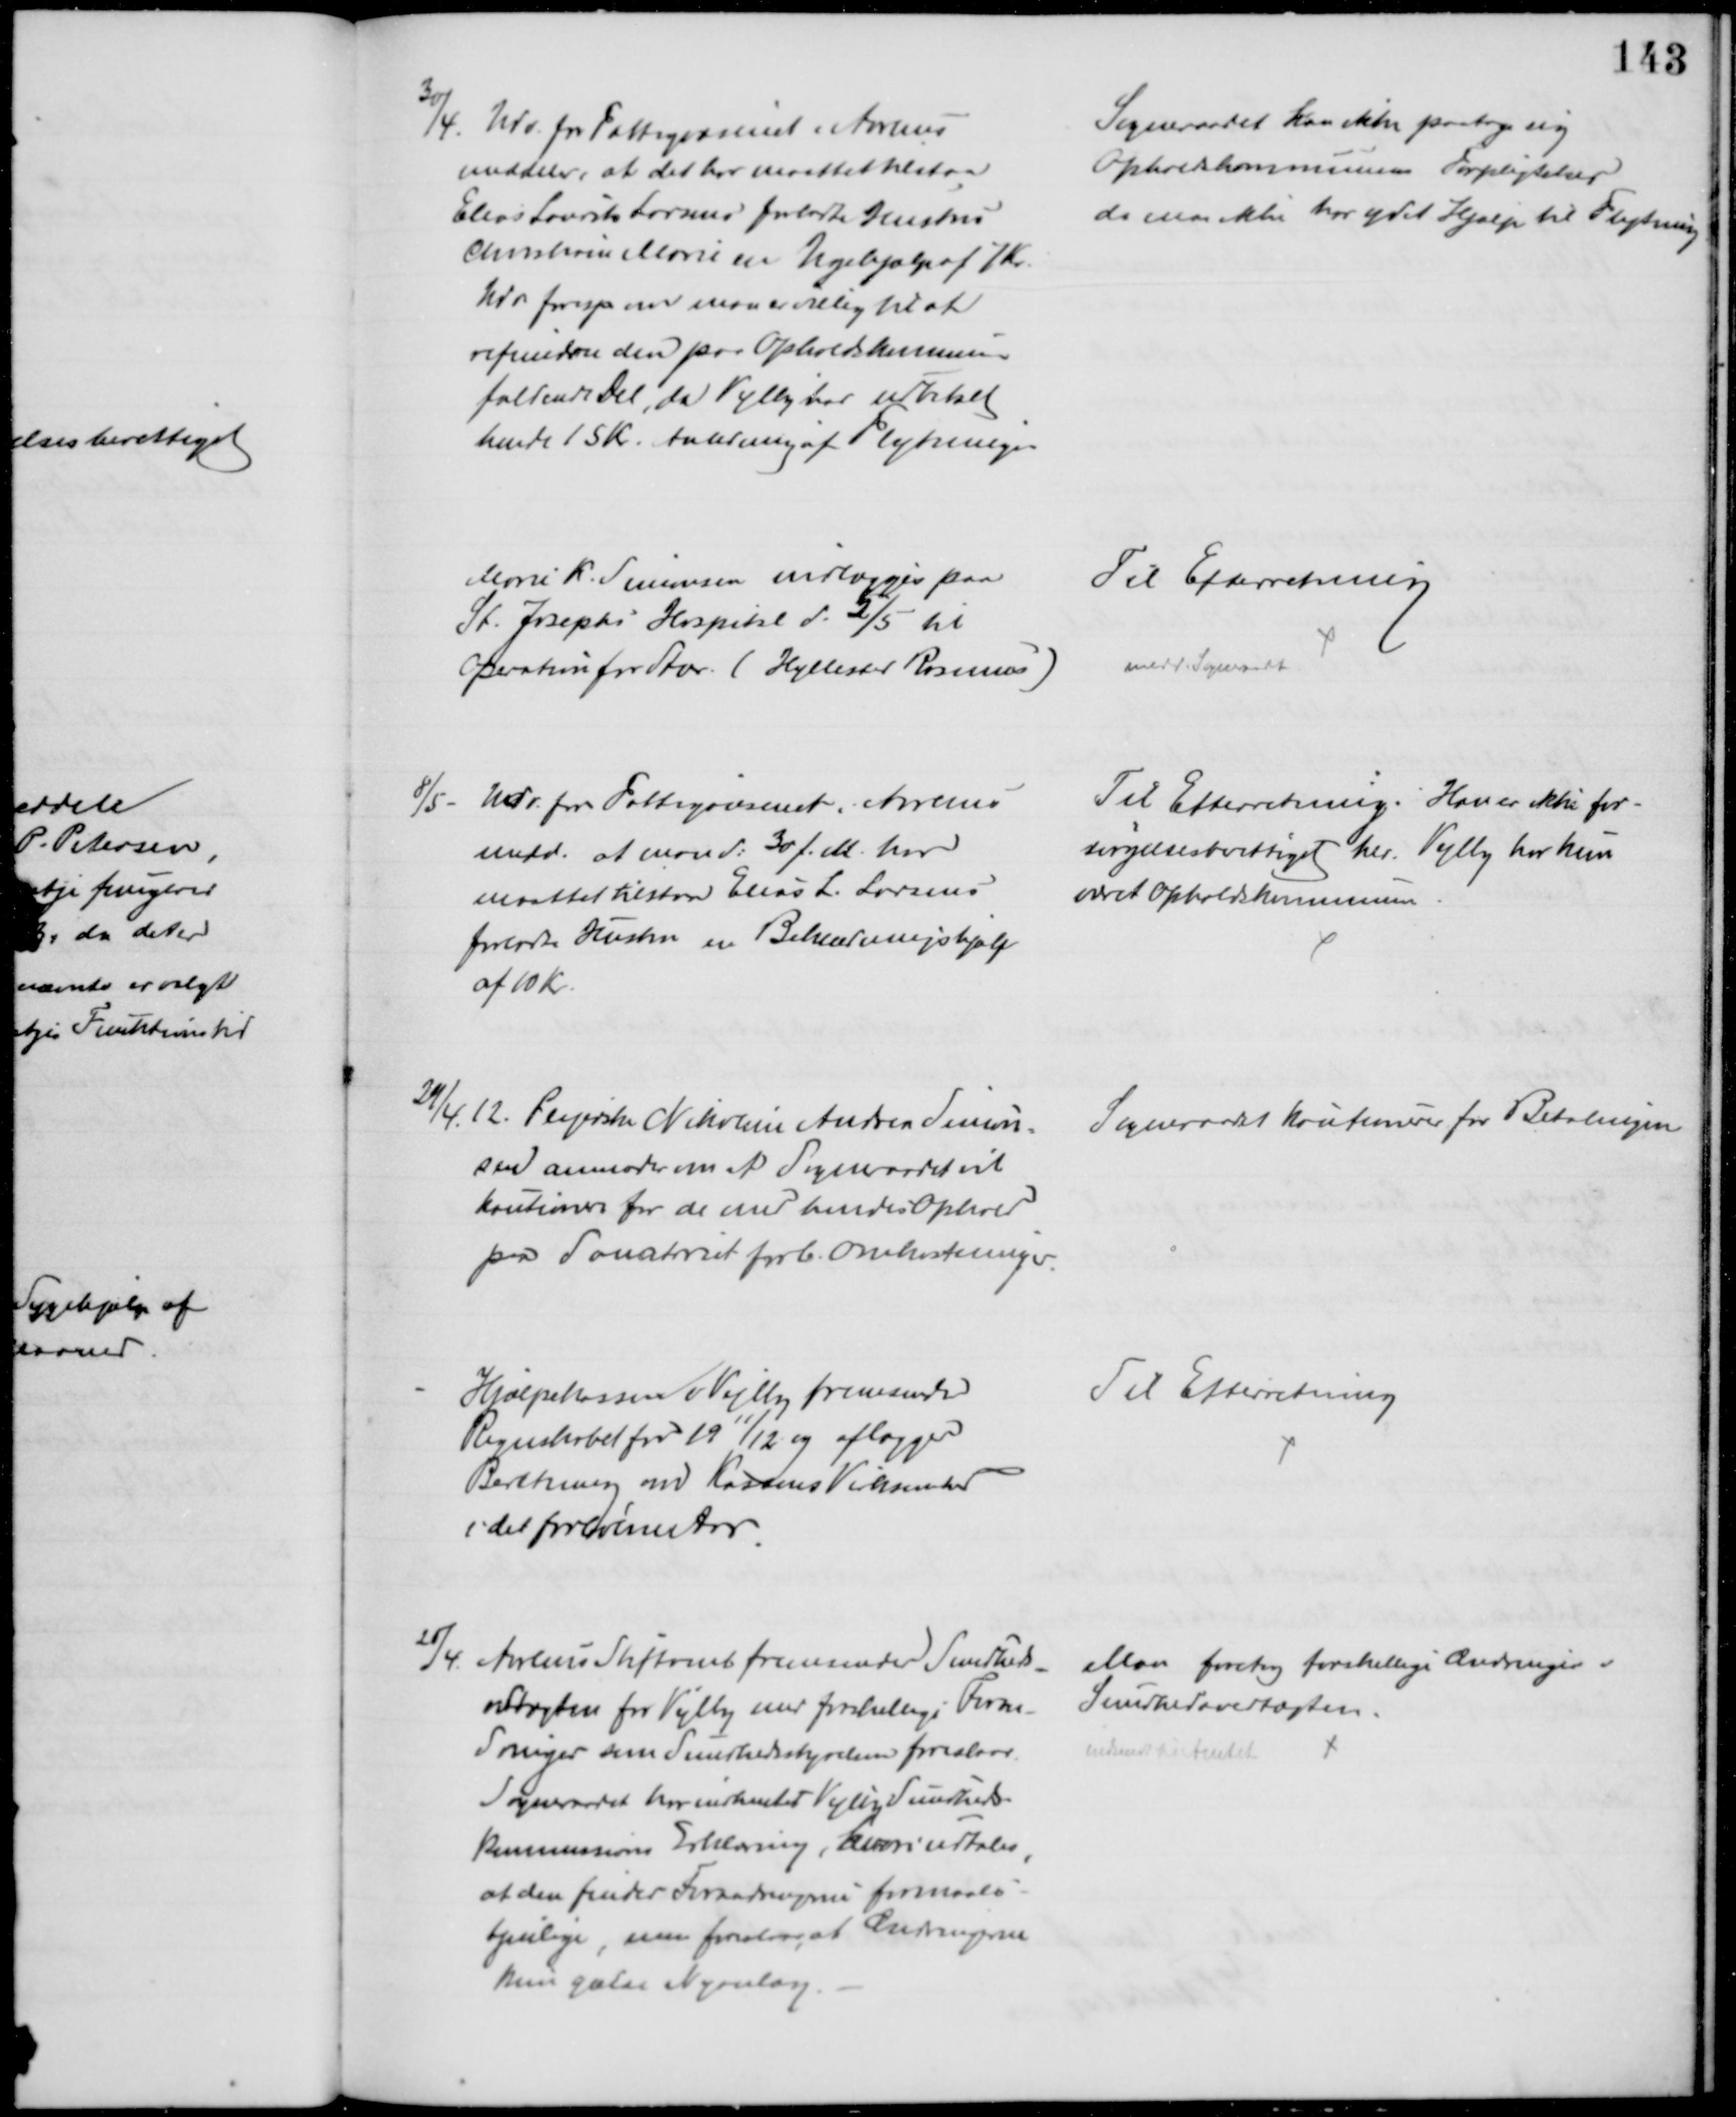
Transskription:
30/4. Udv. for Fattigvæsenet i Aarhus
meddeler, at det har maattet tilstaa
Elias Laurits Larsens forladte Hustru
Christine Marie en Ugehjælp af 7 Kr.
Udv foresp om man er villig til at
refundere den paa Opholdskommunen
faldende Del, da Vejlby har udbetalt
hende 15 Kr. Anledning af Flytningen
Sogneraadet kan ikke paatage sig
Opholdskommunens Forpligtelser
da man ikke har ydet Hjælp til Flytning
Marie K. Simonsen indlægges paa
St. Josephs Hospital d. 2/5 til
Operation for Stær. (Hyllested Rosmus)
Til Efterretning
medd. Sogneraadet
8/5. Udv. for Fattigvæsenet i Aarhus
medd. at man d: 30 f. M. har
maattet tilstaa Elias L. Larsens 
forladte Hustru en Beklædningshjælp
af 10 Kr.
Til Efterretning. Han er ikke for-
sørgelsesberettiget her.  Vejlby har kun
været Opholdskommune
24/4 12. Plejerske Nikoline Andrea Simon=
sen anmoder om at Sogneraadet vil
kautionere for de med hendes Ophold
paa Sanatoriet forb. Omkostninger.
Sogneraadet kautionerer for Betalingen
Hjælpekassen i Vejlby fremsender
Regnskabet for 1911/12 og aflægger
Beretning om Kassens Virksomhed
i det forløbne Aar
Til Efterretning
25/4
Aarhus Stiftamt fremsender Sundheds
-
vedtægten for Vejlby med forskellige Foran-
dringer som Sundhedsstyrelsen foreslaar.
Sogneraadet har indhentet Vejlby Sundheds-
kommissions Erklæring, hvori udtales,
at den finder Forsandringerne formaals-
tjenlige, men foreslog, at Ændringerne
kun gæler Nyanlæg.
Man foretog forskellige Ændringer i
Sundhedsvedtægten.
indsendt til Amtet